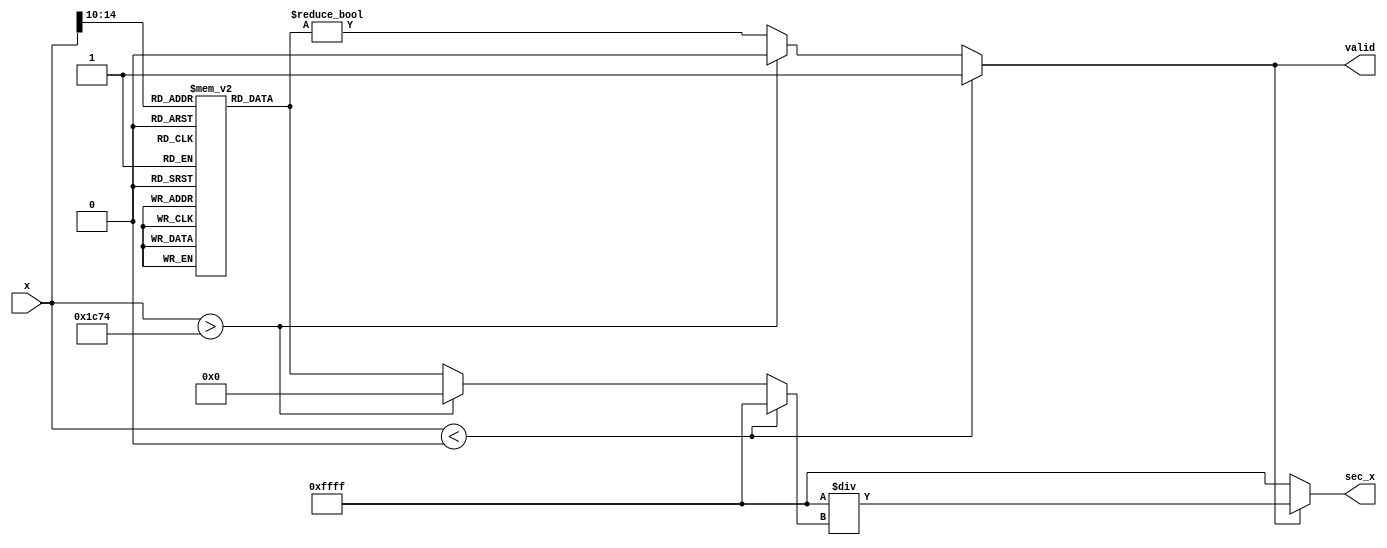
module secant_block (
    input [15:0] x,          // Input angle in radians (fixed-point)
    output reg [15:0] sec_x, // Output secant value (fixed-point)
    output reg valid         // Output valid flag
);

    // Cosine Lookup Table (LUT) for angles 0 to pi/2 in increments of 0.1 radians
    reg [15:0] cos_lut [0:31]; // Assuming 32 entries for 0 to pi/2
    initial begin
        // Precomputed cosine values (fixed-point representation)
        cos_lut[0] = 16'hFFFF; // cos(0) = 1.0
        cos_lut[1] = 16'hFFFE; // cos(0.1)
        cos_lut[2] = 16'hFFFC; // cos(0.2)
        cos_lut[3] = 16'hFFFA; // cos(0.3)
        cos_lut[4] = 16'hFFF8; // cos(0.4)
        cos_lut[5] = 16'hFFF6; // cos(0.5)
        cos_lut[6] = 16'hFFF4; // cos(0.6)
        cos_lut[7] = 16'hFFF2; // cos(0.7)
        cos_lut[8] = 16'hFFF0; // cos(0.8)
        cos_lut[9] = 16'hFFEE; // cos(0.9)
        cos_lut[10] = 16'hFFEC; // cos(1.0)
        cos_lut[11] = 16'hFFEA; // cos(1.1)
        cos_lut[12] = 16'hFFE8; // cos(1.2)
        cos_lut[13] = 16'hFFE6; // cos(1.3)
        cos_lut[14] = 16'hFFE4; // cos(1.4)
        cos_lut[15] = 16'hFFE2; // cos(1.5)
        cos_lut[16] = 16'hFFE0; // cos(1.6)
        cos_lut[17] = 16'hFFDE; // cos(1.7)
        cos_lut[18] = 16'hFFDC; // cos(1.8)
        cos_lut[19] = 16'hFFDA; // cos(1.9)
        cos_lut[20] = 16'hFFD8; // cos(2.0)
        cos_lut[21] = 16'hFFD6; // cos(2.1)
        cos_lut[22] = 16'hFFD4; // cos(2.2)
        cos_lut[23] = 16'hFFD2; // cos(2.3)
        cos_lut[24] = 16'hFFD0; // cos(2.4)
        cos_lut[25] = 16'hFFCE; // cos(2.5)
        cos_lut[26] = 16'hFFCC; // cos(2.6)
        cos_lut[27] = 16'hFFCA; // cos(2.7)
        cos_lut[28] = 16'hFFC8; // cos(2.8)
        cos_lut[29] = 16'hFFC6; // cos(2.9)
        cos_lut[30] = 16'hFFC4; // cos(3.0)
        cos_lut[31] = 16'hFFC2; // cos(3.1)
    end

    // Internal signals
    reg [15:0] cos_x;
    reg [15:0] reciprocal;

    always @(*) begin
        // Normalize input angle to range [0, pi/2]
        if (x < 16'h0000) begin
            cos_x = 16'hFFFF; // cos(0)
            valid = 1;
        end else if (x > 16'h1C74) begin // pi/2 in fixed-point
            cos_x = 16'h0000; // cos(pi/2) = 0
            valid = 0; // Invalid secant
        end else begin
            // Lookup cosine value
            cos_x = cos_lut[x[15:10]]; // Assuming x is scaled appropriately
            valid = (cos_x != 16'h0000); // Check for division by zero
        end

        // Compute secant if valid
        if (valid) begin
            // Compute reciprocal (1/cos_x)
            reciprocal = 16'hFFFF / cos_x; // Fixed-point division
            sec_x = reciprocal;
        end else begin
            sec_x = 16'hFFFF; // Return max value or error code
        end
    end

endmodule